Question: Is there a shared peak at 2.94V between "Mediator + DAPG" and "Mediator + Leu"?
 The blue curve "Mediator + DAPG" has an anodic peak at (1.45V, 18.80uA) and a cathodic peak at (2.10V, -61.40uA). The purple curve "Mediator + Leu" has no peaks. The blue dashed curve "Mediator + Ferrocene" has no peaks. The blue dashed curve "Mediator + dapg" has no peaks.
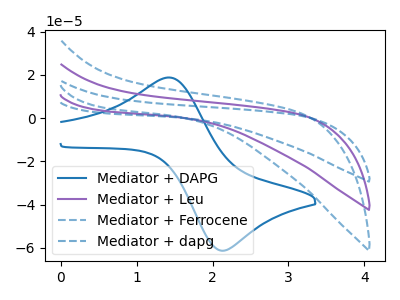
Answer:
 <answer>No, "Mediator + DAPG" and "Mediator + Leu" dont share a peak at 2.94V.</answer>
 <eval>mismatch</eval>